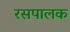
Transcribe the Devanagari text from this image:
रसपालक